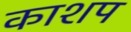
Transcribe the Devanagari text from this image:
काशप